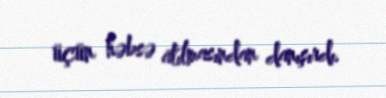
üçün həbsə atılmasından danışırdı.